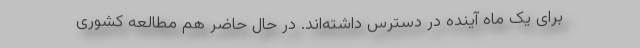
برای یک ماه آینده در دسترس داشته‌اند. در حال حاضر هم مطالعه کشوری